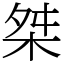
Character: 桀